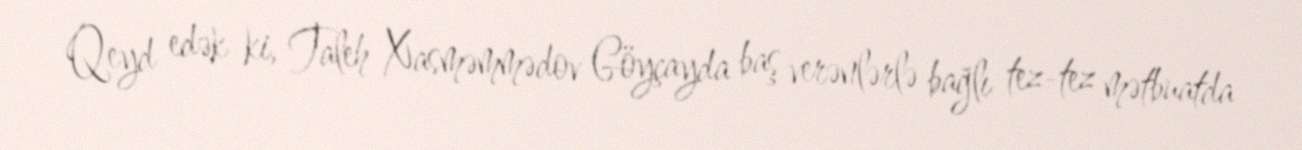
Qeyd edək ki, Taleh Xasməmmədov Göyçayda baş verənlərlə bağlı tez-tez mətbuatda